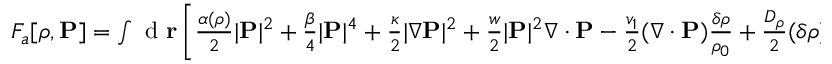
\begin{array} { r } { F _ { a } [ \rho , { \bf P } ] = \int \mathrm { ~ d ~ } { \bf r } \left[ \frac { \alpha ( \rho ) } { 2 } | { \bf P } | ^ { 2 } + \frac { \beta } { 4 } | { \bf P } | ^ { 4 } + \frac { \kappa } { 2 } | \nabla { \bf P } | ^ { 2 } + \frac { w } { 2 } | { \bf P } | ^ { 2 } \nabla \cdot { \bf P } - \frac { v _ { 1 } } { 2 } ( \nabla \cdot { \bf P } ) \frac { \delta \rho } { \rho _ { 0 } } + \frac { D _ { \rho } } { 2 } ( { \delta \rho } ) ^ { 2 } \right] , } \end{array}